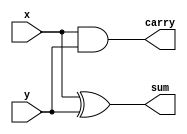
`timescale 1ns / 1ps
//////////////////////////////////////////////////////////////////////////////////
// Company: 
// Engineer: 
// 
// Design Name: 
// Module Name: Ripplecarry
// Project Name: 
// Target Devices: 
// Tool Versions: 
// Description: 
// 
// Dependencies: 
// 
// Revision:
// Revision 0.01 - File Created
// Additional Comments:
// 
//////////////////////////////////////////////////////////////////////////////////
//Half adder
module half_addr(

output sum,carry,
input x,y
);
assign sum =x^y;
assign carry=x&y;
endmodule

//fulladder
module full_addr(
output sum,cout,
input x,y,z);
wire w1,w2,w3;
half_addr h1(w1,w2,x,y);
half_addr h2(sum,w3,w1,z);
or(cout,w2,w3);
endmodule

module Ripplecarry(
output[3:0]sum,output cout, input[3:0]A,B,input C);
wire w4,w5,w6;
full_addr F1(sum[0],w4,A[0],B[0],C);
full_addr F2(sum[1],w5,A[1],B[1],w4);
full_addr F3(sum[2],w6,A[2],B[2],w5);
full_addr F4(sum[3],cout,A[3],B[3],w6);
endmodule